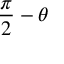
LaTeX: { \frac { \pi } { 2 } } - \theta